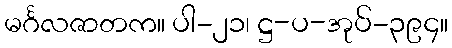
မင်္ဂလဇာတက။ ပါ-၂၁၊ ဋ္ဌ-ပ-အုပ်-၃၉၄။